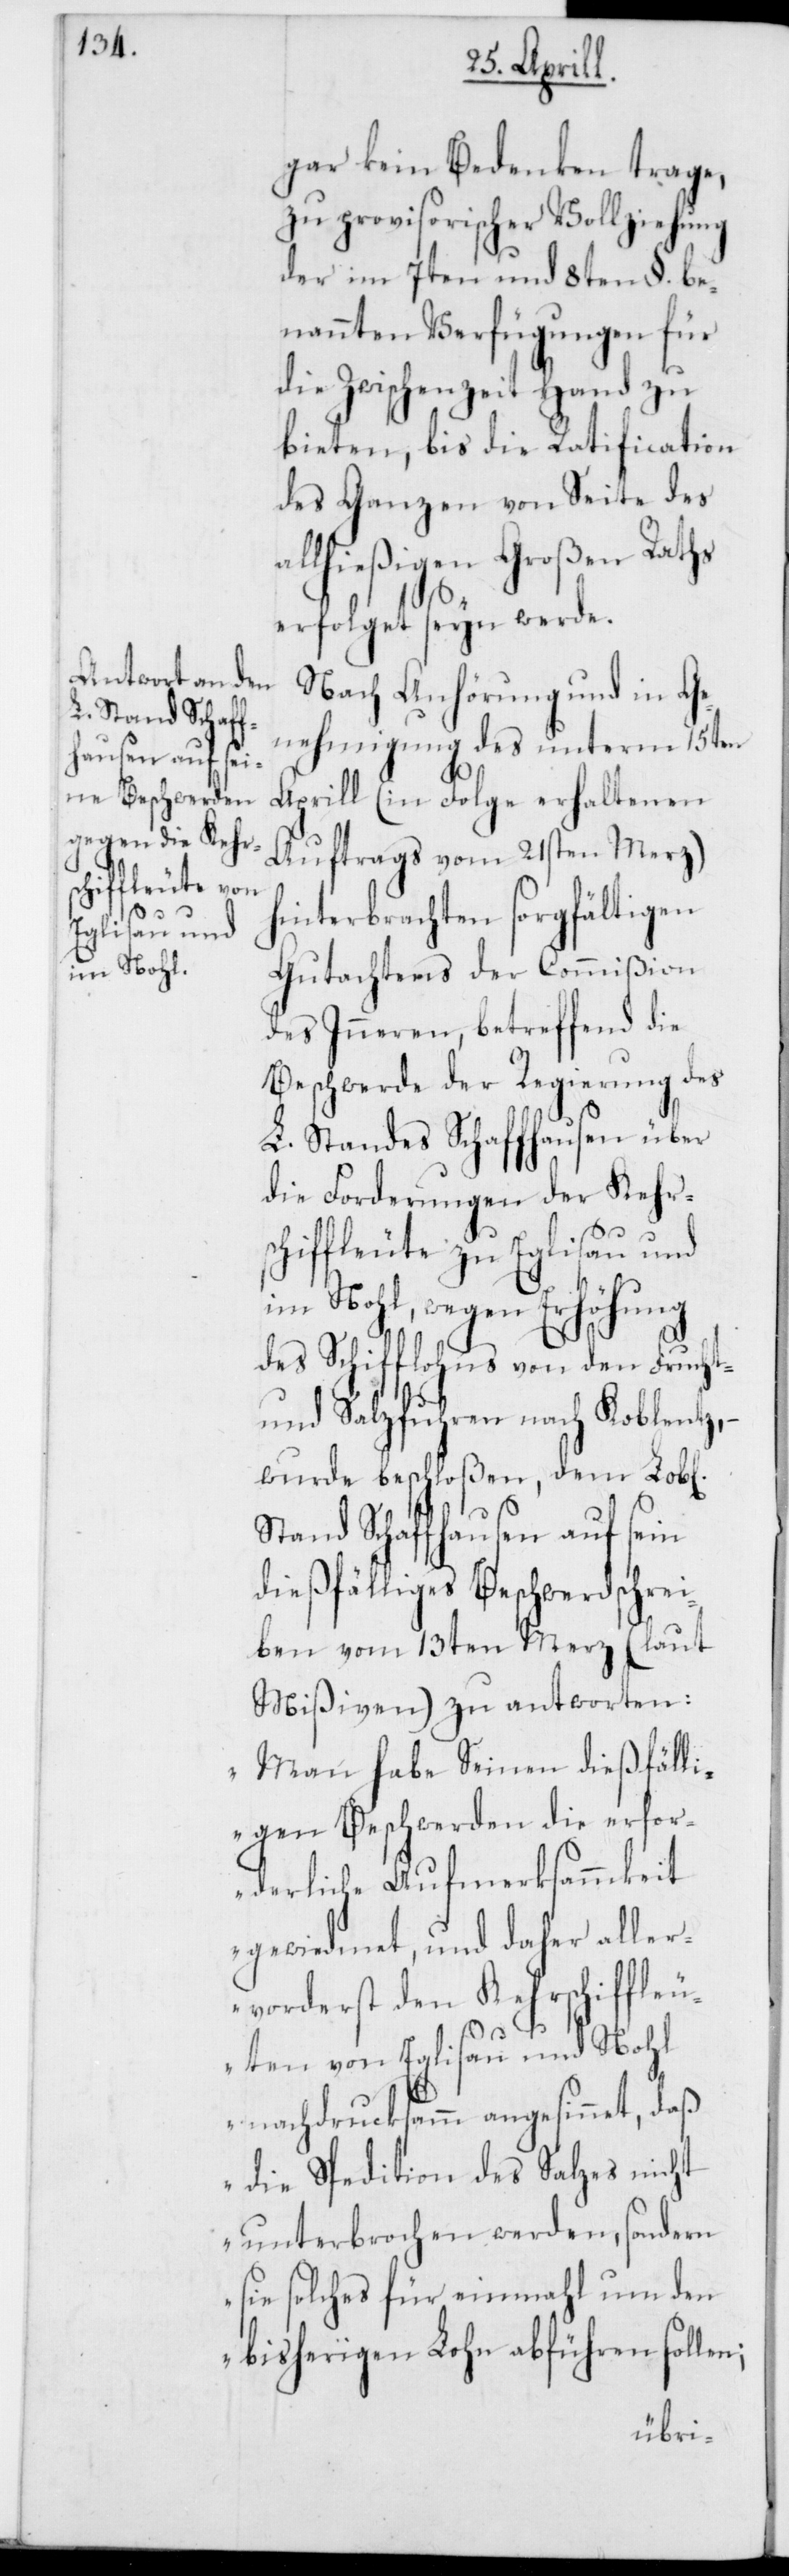
gar kein Bedenken trage,
zu provisorischer Vollziehung
der im 7ten und 8ten §. be¬
nannten Verfügungen für
die Zwischenzeit Hand zu
bieten, bis die Ratification
des Ganzen von Seite des
lhießigen Großen Raths
erfolget seyn werde.
Nach Anhörung und in Ge¬
nehmigung des unterm 15ten
Aprill (in Folge erhaltenen
Auftrags vom 21sten Merz)
hinterbrachten sorgfältigen
Gutachtens der Commißion
des Inneren, betreffend die
Beschwerde der Regierung des
L. Standes Schaffhausen über
die Forderungen der Kehr¬
schiffleute zu Eglisau und
im Nohl, wegen Erhöhung
des Schifflohns von den Frucht-
und Salzfuhren nach Koblenz,
wurde beschloßen, dem Lobl.
Stand Schaffhausen auf sein
dießfälliges Beschwerdschrei¬
ben vom 13ten Merz (laut
Mißiven) zu antworten:
„Man habe Seinen dießfälli¬
gen Beschwerden die erfor¬
derliche Aufmerksammkeit
gewidmet, und daher aller¬
vorderst den Kehrschiffleu¬
ten von Eglisau und Nohl
al¬
nachdrucksamm angesinnet, daß
die Spedition des Salzes nicht
unterbrochen werden, sondern
sie solches für einmahl um den
bisherigen Lohn abführen sollen;